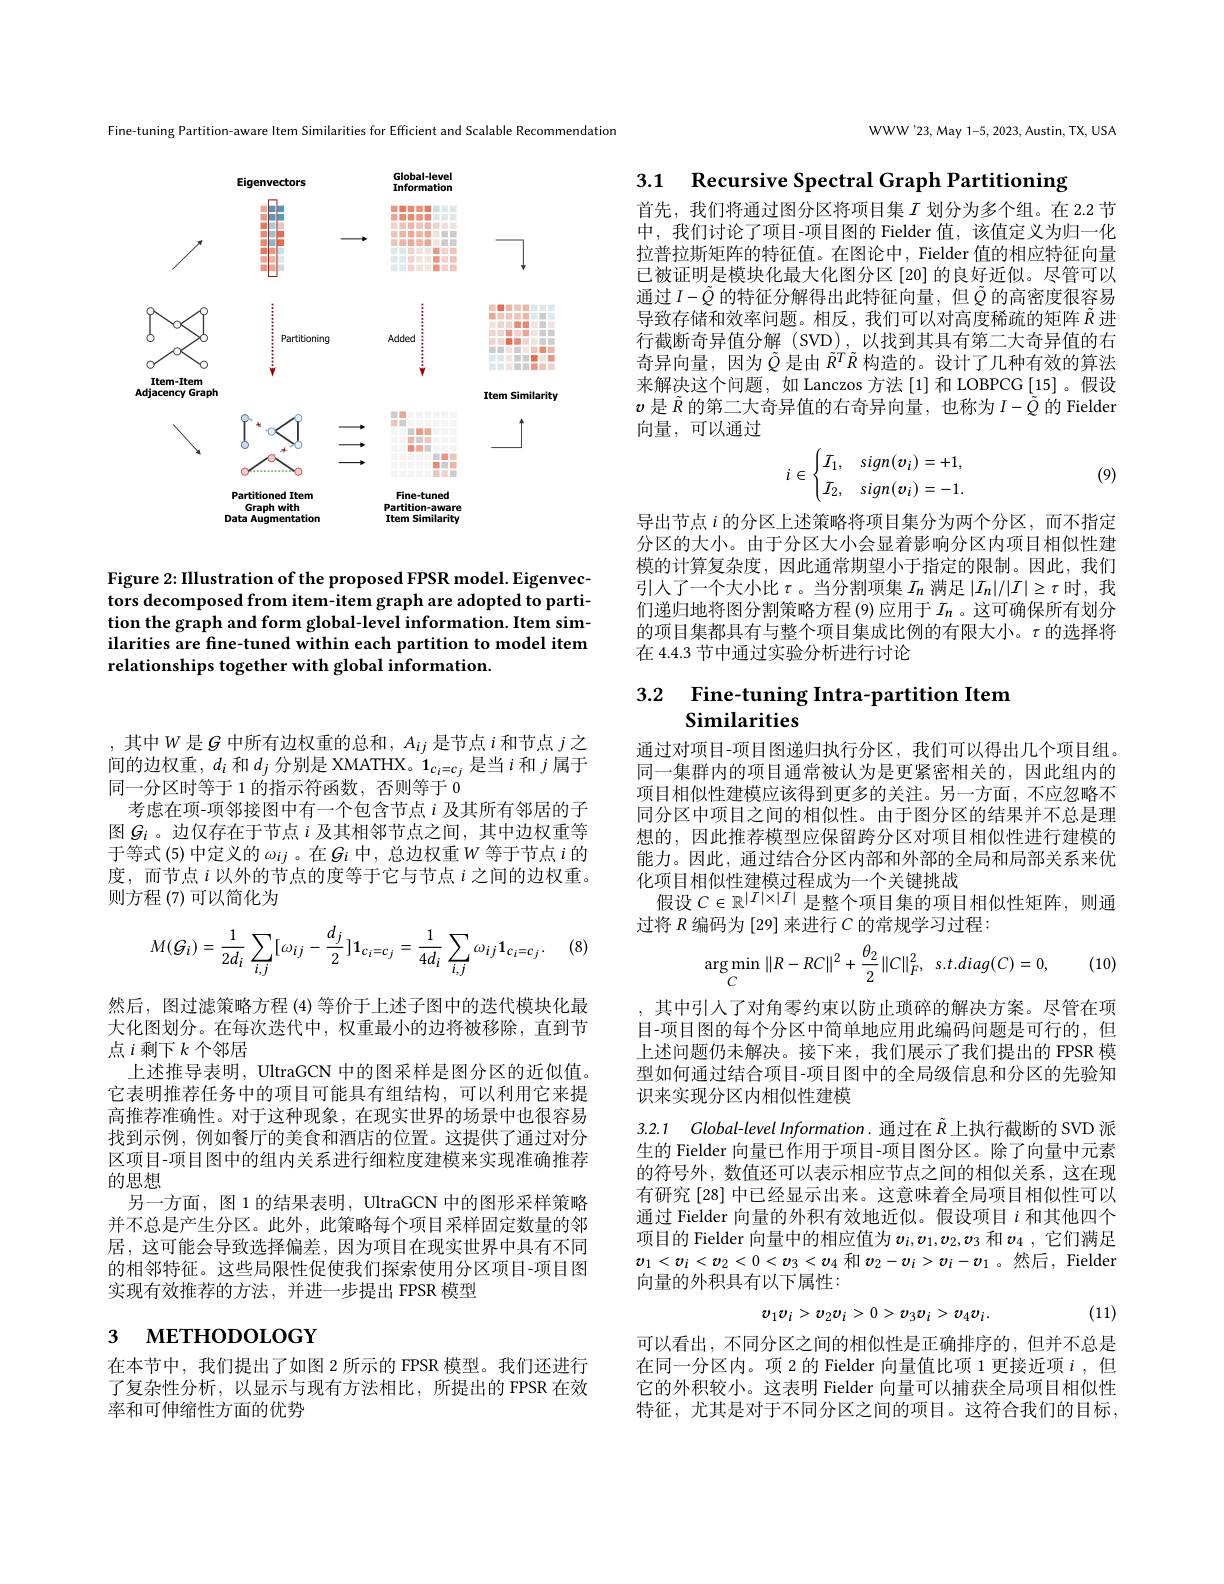
Fine-tuning Partition-aware Item Similarities for Efficient and Scalable Recommendation

<FigureHere>

Figure 2: IIlustration of the proposed FPSR model. Eigenvectors decomposed from item-item graph are adopted to partition the graph and form global-level information. Item similarities are fine-tuned within each partition to model item relationships together with global information.

, 其中$W$是$G$ 中所有边权重的总和$,A_ij$ 是节点$i$ 和节点 $j$之间的边权重，$d_i$和$d_j$分别是 XMATHX。$1_c_i=c_j$是当$i$和$j$属于同一分区时等于 1 的指示符函数，否则等于0
考虑在项-项邻接图中有一个包含节点$i$及其所有邻居的子图$G_i$。边仅存在于节点 $i$ 及其相邻节点之间，其中边权重等于等式 (5) 中定义的$\omega_ij$ 。在$G_i$中，总边权重$W$等于节点$i$的度，而节点$i$以外的节点的度等于它与节点$i$之间的边权重。则方程 (7)可以简化为

(8)
$$M(\mathcal{G}_{i})=\frac{1}{2d_{i}}\sum_{i,j}[\omega_{ij}-\frac{d_{j}}{2}]\mathbf{1}_{c_{i}=c_{j}}=\frac{1}{4d_{i}}\sum_{i,j}\omega_{ij}\mathbf{1}_{c_{i}=c_{j}}.$$
然后，图过滤策略方程 (4)等价于上述子图中的迭代模块化最大化图划分。在每次迭代中，权重最小的边将被移除，直到节点$i$剩下$k$个邻居
上述推导表明，UltraGCN 中的图采样是图分区的近似值。它表明推荐任务中的项目可能具有组结构，可以利用它来提高推荐准确性。对于这种现象，在现实世界的场景中也很容易找到示例，例如餐厅的美食和酒店的位置。这提供了通过对分区项目-项目图中的组内关系进行细粒度建模来实现准确推荐的思想
另一方面，图 1 的结果表明，UltraGCN 中的图形采样策略并不总是产生分区。此外，此策略每个项目采样固定数量的邻居，这可能会导致选择偏差，因为项目在现实世界中具有不同的相邻特征。这些局限性促使我们探索使用分区项目-项目图实现有效推荐的方法，并进一步提出 FPSR 模型

# 3 метноросоєт

在本节中，我们提出了如图 2 所示的 FPSR 模型。我们还进行了复杂性分析，以显示与现有方法相比，所提出的 FPSR 在效率和可伸缩性方面的优势

WWW'23, May 1-5, 2023, Austin, TX, USA

3.1 Recursive Spectral Graph Partitioning

首先，我们将通过图分区将项目集$I$ 划分为多个组。在 2.2 节中，我们讨论了项目-项目图的 Fielder 值，该值定义为归一化拉普拉斯矩阵的特征值。在图论中，Fielder 值的相应特征向量已被证明是模块化最大化图分区 [20] 的良好近似。尽管可以通过$I-\tilde{Q}$的特征分解得出此特征向量，但$\tilde{Q}$的高密度很容易导致存储和效率问题。相反，我们可以对高度稀疏的矩阵$\tilde{R}$进行截断奇异值分解 (SVD),以找到其具有第二大奇异值的右奇异向量，因为$\tilde{Q}$是由$\tilde{R}^T\tilde{R}$构造的。设计了几种有效的算法来解决这个问题，如 Lanczos 方法 [1] 和 LOBPCG [15] 。假设$v$是$\tilde{R}$的第二大奇异值的右奇异向量，也称为$I-\bar{\tilde{Q}}$的 Fielder 向量，可以通过
$$i\in\begin{cases}I_1,&\:sign(v_i)=+1,\\I_2,&\:sign(v_i)=-1.\end{cases}$$
(9)

导出节点$i$的分区上述策略将项目集分为两个分区，而不指定分区的大小。由于分区大小会显着影响分区内项目相似性建模的计算复杂度，因此通常期望小于指定的限制。因此，我们引人了一个大小比$\tau$。当分割项集$I_n$满足$|I_n|/|I|\geq\tau$时，我们递归地将图分割策略方程 (9) 应用于$I_n$ 。这可确保所有划分的项目集都具有与整个项目集成比例的有限大小。$\tau$的选择将在 4.4.3 节中通过实验分析进行讨论

## 3.2 Fine-tuning Intra-partition Item Similarities

通过对项目-项目图递归执行分区，我们可以得出几个项目组。同一集群内的项目通常被认为是更紧密相关的，因此组内的项目相似性建模应该得到更多的关注。另一方面，不应忽略不同分区中项目之间的相似性。由于图分区的结果并不总是理想的，因此推荐模型应保留跨分区对项目相似性进行建模的能力。因此，通过结合分区内部和外部的全局和局部关系来优化项目相似性建模过程成为一个关键挑战
假设$C\in\mathbb{R}^{|I|\times|I|}$是整个项目集的项目相似性矩阵，则通
过将$R$编码为 [29] 来进行$C$的常规学习过程：

(10)
$$\arg\min_{C}\|R-RC\|^{2}+\frac{\theta_{2}}{2}\|C\|_{F}^{2},\:s.t.diag(C)=0,$$
,其中引人了对角零约束以防止琐碎的解决方案。尽管在项目-项目图的每个分区中简单地应用此编码问题是可行的，但上述问题仍未解决。接下来，我们展示了我们提出的 FPSR 模型如何通过结合项目-项目图中的全局级信息和分区的先验知识来实现分区内相似性建模

3.2.1 Global-level Information. 通过在$\tilde{R}$上执行截断的 SVD 派生的 Fielder 向量已作用于项目-项目图分区。除了向量中元素的符号外，数值还可以表示相应节点之间的相似关系，这在现有研究[28] 中已经显示出来。这意味着全局项目相似性可以通过 Fielder 向量的外积有效地近似。假设项目$i$和其他四个项目的 Fielder 向量中的相应值为$v_i,v_1,v_2,v_3$和$v_4$ ,它们满足$v_1<v_i<v_2<0<\boldsymbol{v}_3<\boldsymbol{v}_4$ 和$\boldsymbol v_2-\boldsymbol v_i>\boldsymbol v_i-\boldsymbol v_1$ 。然后，Fielder 向量的外积具有以下属性：
$$v_{1}v_{i}>v_{2}v_{i}>0>v_{3}v_{i}>v_{4}v_{i}.$$
(11)

可以看出，不同分区之间的相似性是正确排序的，但并不总是在同一分区内。项 2 的 Fielder 向量值比项 1 更接近项$i$ ,但它的外积较小。这表明 Fielder 向量可以捕获全局项目相似性特征，尤其是对于不同分区之间的项目。这符合我们的目标